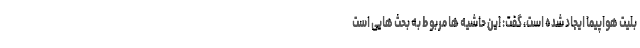
بلیت هواپیما ایجاد شده است، گفت: این حاشیه ها مربوط به بحث هایی است